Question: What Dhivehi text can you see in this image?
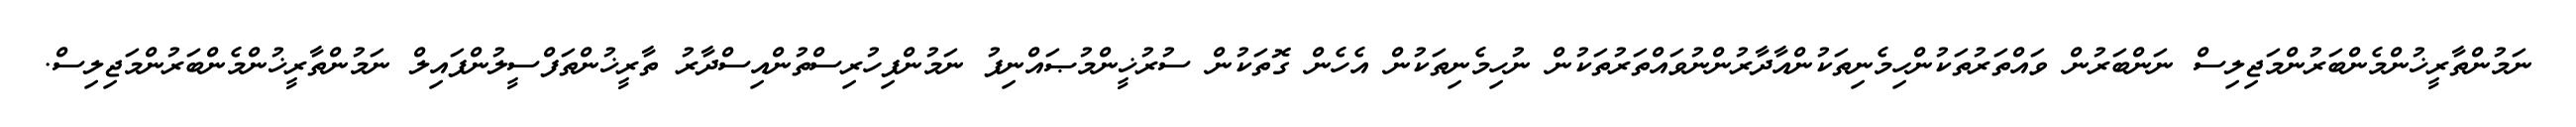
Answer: ނަމުންތާރީޚުންމެންބަރުންމަޖިލިސް ނަންބަރުން ވައްތަރުތަކުންހިމެނިތަކުންއާދާރުންނުވައްތަރުތަކުން ނުހިމެނިތަކުން އެހެން ގޮތަކުން ސުރުޚީންމުޞައްނިފު ނަމުންފިހުރިސްތުންއިސްދާރު ތާރީޚުންތަފްސީލުންފައިލް ނަމުންތާރީޚުންމެންބަރުންމަޖިލިސް.